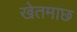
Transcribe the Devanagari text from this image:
खेतमाछ